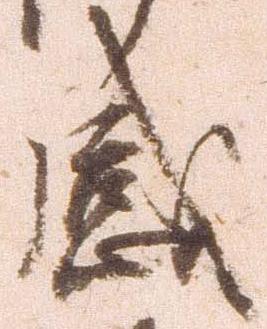
感